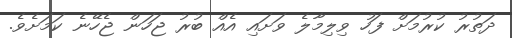
ދަތުރު ކުރުމަށް ފަހު ވިލިމާލެ ވަށައި އެއް ބުރު ޖަހަން ޖެހޭނެ ކަމަށެވެ.